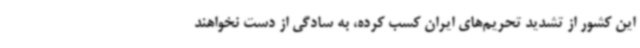
این کشور از تشدید تحریم‌های ایران کسب کرده، به سادگی از دست نخواهند